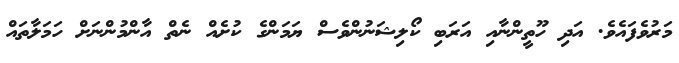
މަރުވެފައެވެ. އަދި ހޫތީންނާއި އަރަބި ކޯލިޝަނުންވެސް ޔަމަންގެ ކުށެއް ނެތް އާންމުންނަށް ހަަމަލާތައް